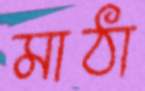
মাঠা